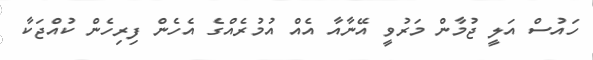
ހައުސް އަލީ ޖުމާން މަރުވީ އޭނާއާ އެއް އުމުރެއްގެ އެހެން ފިރިހެން ކުއްޖަކާ